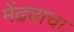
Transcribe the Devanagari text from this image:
मेंढ्याचा